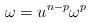
LaTeX: \begin{align*}\omega=u^{n-p} \omega^{p}\end{align*}